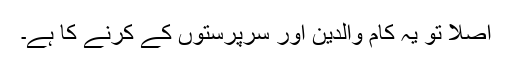
اصلاً تو یہ کام والدین اور سرپرستوں کے کرنے کا ہے۔